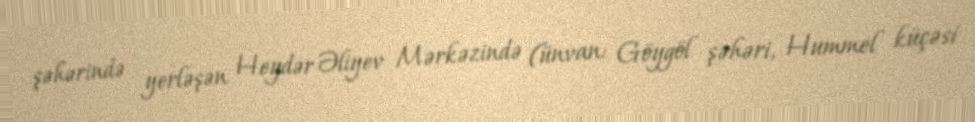
şəhərində yerləşən Heydər Əliyev Mərkəzində (ünvan: Göygöl şəhəri, Hummel küçəsi